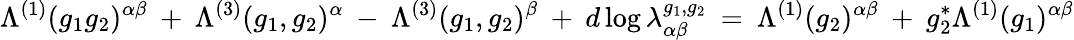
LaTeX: \Lambda^{(1)}(g_{1}g_{2})^{\alpha\beta}\: +\: \Lambda^{(3)}(g_{1},g_{2})^{\alpha}\: -\: \Lambda^{(3)}(g_{1},g_{2})^{\beta}\: +\: d\log\lambda_{\alpha\beta}^{g_{1},g_{2}}\: =\: \Lambda^{(1)}(g_{2})^{\alpha\beta}\: +\: g_{2}^{*}\Lambda^{(1)}(g_{1})^{\alpha\beta}